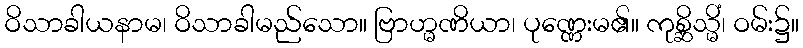
ဝိသာခါယနာမ၊ ဝိသာခါမည်သော။ ဗြာဟ္မဏိယာ၊ ပုဏ္ဏေးမ၏။ ကုစ္ဆိသ္မိံ၊ ဝမ်း၌။